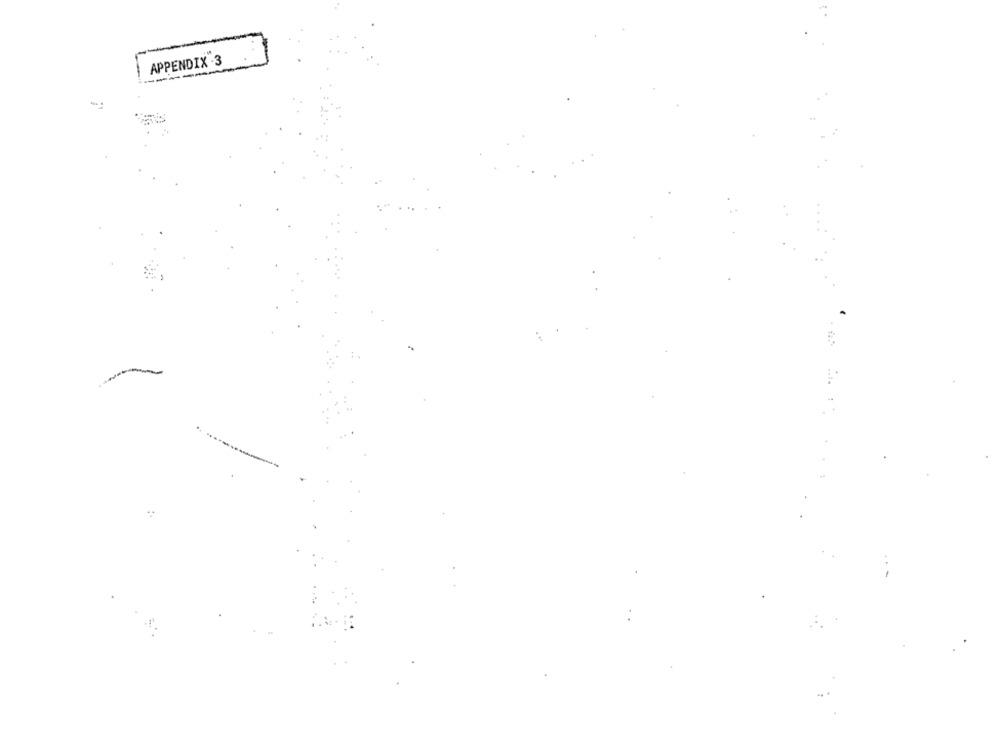
APPENDIX .3
-